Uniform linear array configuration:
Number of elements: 4
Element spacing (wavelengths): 0.25
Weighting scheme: hann
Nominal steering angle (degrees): -45
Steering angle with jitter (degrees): -43.09
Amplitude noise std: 0.05
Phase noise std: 0.05

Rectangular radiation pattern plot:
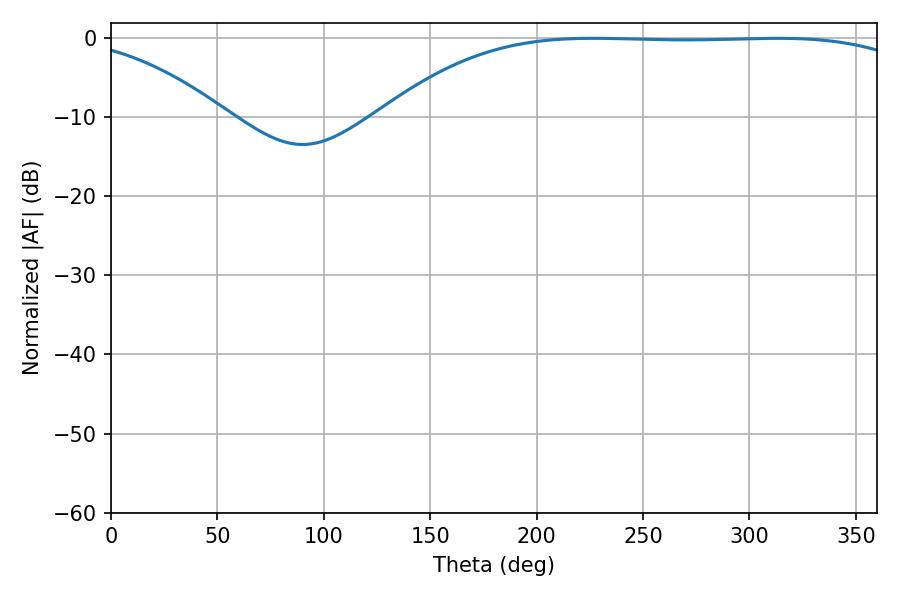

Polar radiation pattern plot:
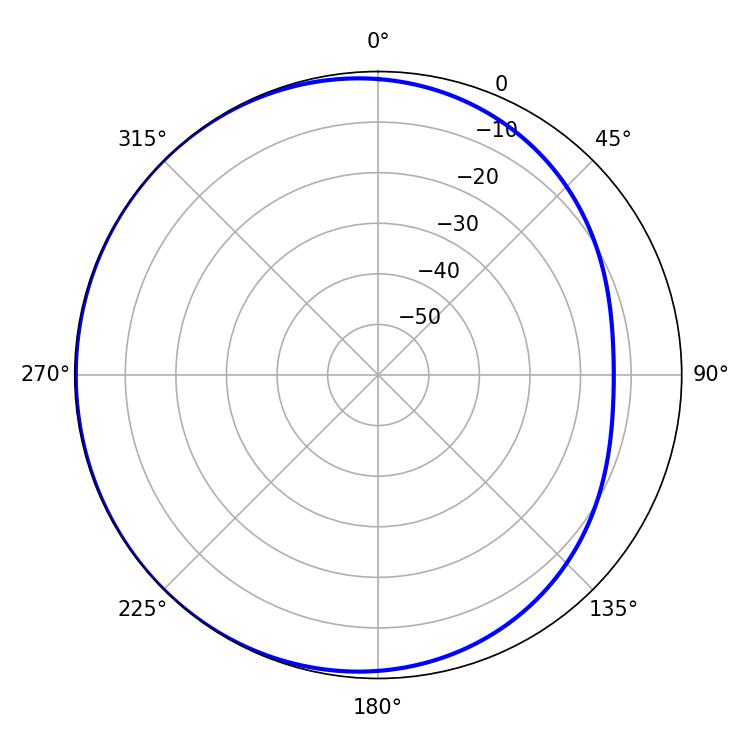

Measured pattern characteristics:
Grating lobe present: FALSE
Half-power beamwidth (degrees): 195.66
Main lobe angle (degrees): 226.62